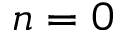
n = 0